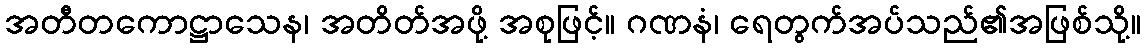
အတီတကောဋ္ဌာသေန၊ အတိတ်အဖို့ အစုဖြင့်။ ဂဏနံ၊ ရေတွက်အပ်သည်၏အဖြစ်သို့။